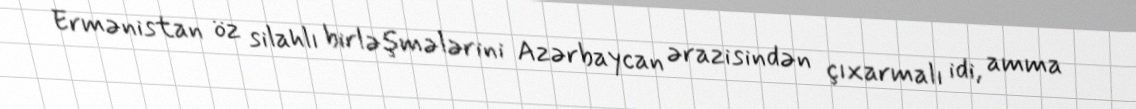
Ermənistan öz silahlı birləşmələrini Azərbaycan ərazisindən çıxarmalı idi, amma